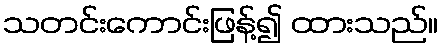
သတင်းကောင်းဖြန့်၍ ထားသည်။